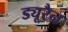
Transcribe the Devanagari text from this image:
ड्यूरैन